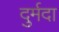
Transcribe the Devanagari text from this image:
दुर्मदा